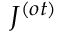
J ^ { ( o t ) }